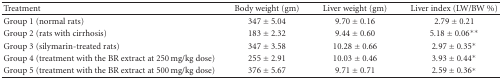
| Treatment | Body weight (gm) | Liver weight (gm) | Liver index (LW/BW %) |
 | --- | --- | --- | --- |
 | Group 1 (normal rats) | 347 ± 5.04 | 9.70 ± 0.16 | 2.79 ± 0.21 |
 | Group 2 (rats with cirrhosis) | 183 ± 2.32 | 9.44 ± 0.60 | 5.18 ± 0.06** |
 | Group 3 (silymarin-treated rats) | 347 ± 3.58 | 10.28 ± 0.66 | 2.97 ± 0.35* |
 | Group 4 (treatment with the BR extract at 250 mg/kg dose) | 255 ± 2.91 | 10.03 ± 0.46 | 3.93 ± 0.44* |
 | Group 5 (treatment with the BR extract at 500 mg/kg dose) | 376 ± 5.67 | 9.71 ± 0.71 | 2.59 ± 0.36* |